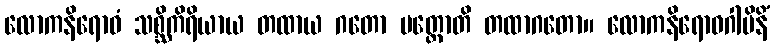
လောကနိရောဓံ သစ္ဆိကိရိယာယ တထာယ ဂတော ပတ္တောတိ တထာဂတော။ လောကနိရောဓဂါမိနိံ